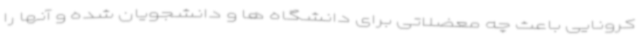
کرونایی باعث چه معضلاتی برای دانشگاه ها و دانشجویان شده و آنها را